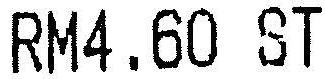
RM4.60 ST